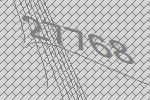
27768